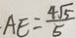
\cdot A E = \frac { 4 \sqrt { 5 } } { 5 }